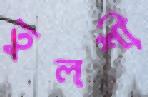
তুলশী